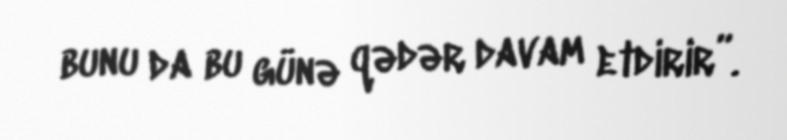
bunu da bu günə qədər davam etdirir”.